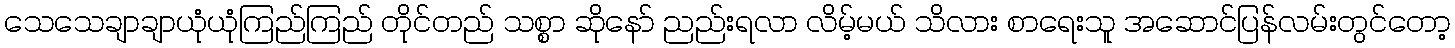
သေသေချာချာယုံယုံကြည်ကြည် တိုင်တည် သစ္စာ ဆိုနော် ညည်းရလာ လိမ့်မယ် သိလား စာရေးသူ အဆောင်ပြန်လမ်းတွင်တော့